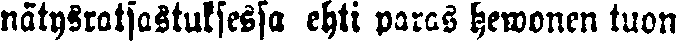
nätysratsastuksessa ehti paras hewonen tuon